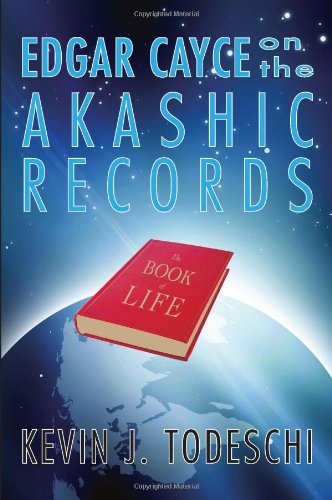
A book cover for Edgar Cayce on the Akashic Records: The Book of Life; Kevin J. Todeschi; Religion & Spirituality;